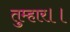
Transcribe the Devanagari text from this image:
तुम्‍हार।।